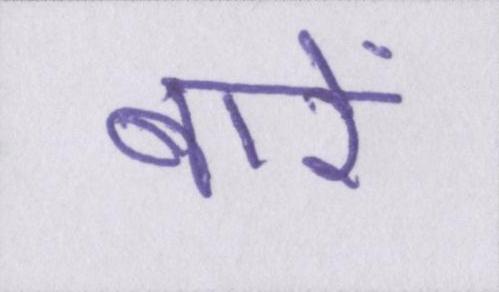
बारें